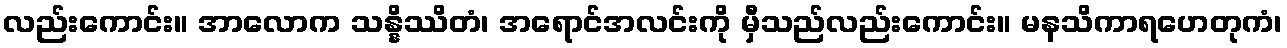
လည်းကောင်း။ အာလောက သန္နိဿိတံ၊ အရောင်အလင်းကို မှီသည်လည်းကောင်း။ မနသိကာရဟေတုကံ၊